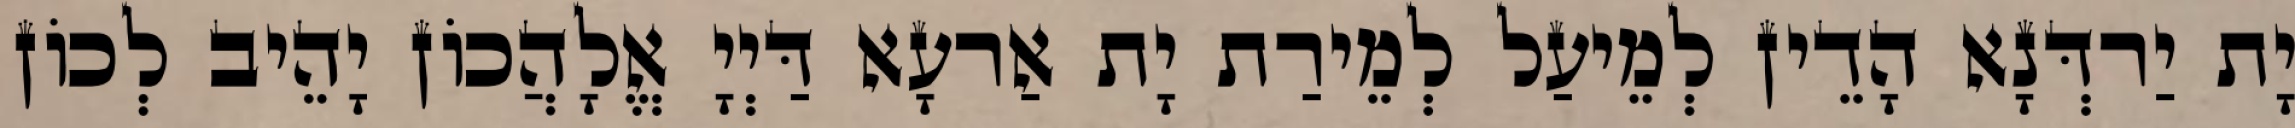
יָת יַרדְּנָא הָדֵין לְמֵיעַל לְמֵירַת יָת אַרעָא דַּיְיָ אֱלָהֲכוֹן יָהֵיב לְכוֹן